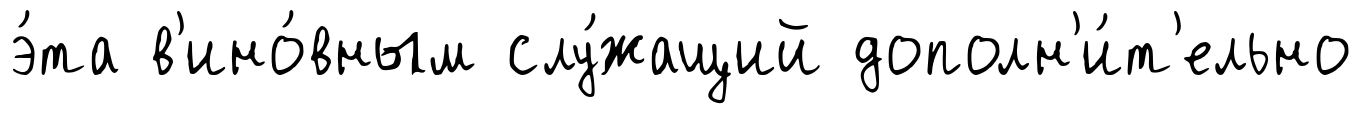
э́та в'ино́вным слу́жащий дополн'и́т'ельно